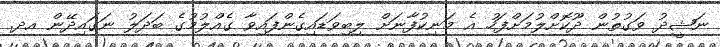
ނަޝީދު ވަގުތުން ދޫކޮށްލުމަށްފަހު އެ މަނިކުފާނަށް ލިބިވަޑައިގެންފައިވާ ގެއްލުމުގެ ބަދަލު ނަގައިދޭން އދ.